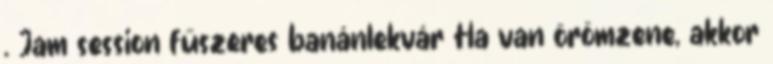
. Jam session fűszeres banánlekvár Ha van örömzene, akkor